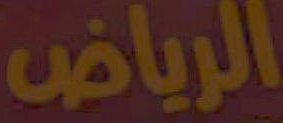
الرياض